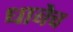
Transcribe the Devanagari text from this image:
धाबेच